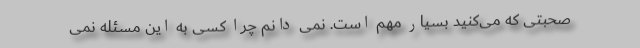
صحبتی که می‌کنید بسیار مهم است. نمی دانم چرا کسی به این مسئله نمی